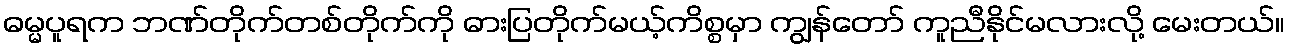
ဓမ္မပူရက ဘဏ်တိုက်တစ်တိုက်ကို ဓားပြတိုက်မယ့်ကိစ္စမှာ ကျွန်တော် ကူညီနိုင်မလားလို့ မေးတယ်။